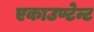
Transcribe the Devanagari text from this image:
एकाउण्टेन्ट